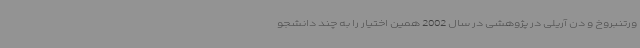
ورتنبروخ و دن آریلی در پژوهشی در سال 2002 همین اختیار را به چند دانشجو